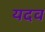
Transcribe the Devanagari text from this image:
यदव